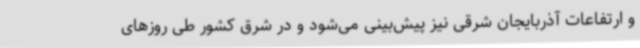
و ارتفاعات آذربایجان شرقی نیز پیش‌بینی می‌شود و در شرق کشور طی روزهای